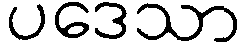
ပဒေသာ